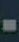
-